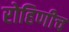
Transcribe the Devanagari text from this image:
रोहिणीच